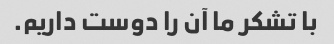
با تشکر ما آن را دوست داریم.